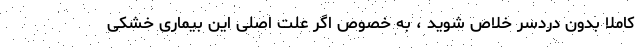
کاملاً بدون دردسر خلاص شوید ، به خصوص اگر علت اصلی این بیماری خشکی